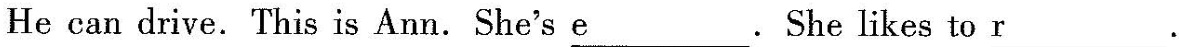
He can drive.This is Ann.She's \underline{e}. She likes to \underline{r}